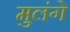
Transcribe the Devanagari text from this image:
मुलंगे